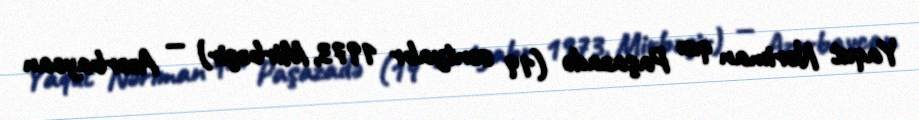
Yaqut Nəriman qızı Paşazadə (19 sentyabr 1973, Mirbəşir) — Azərbaycan